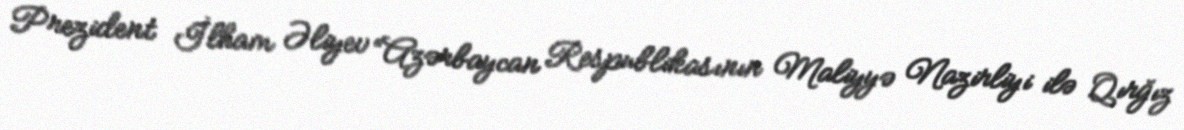
Prezident İlham Əliyev “Azərbaycan Respublikasının Maliyyə Nazirliyi ilə Qırğız